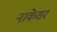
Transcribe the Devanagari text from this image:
नाकेसर